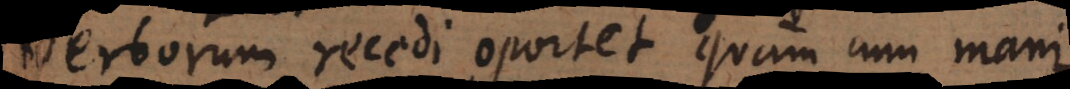
verborum recedi oportet quam cum manif